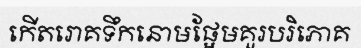
កើតរោគទឹកនោមផ្អែមគួរបរិភោគ